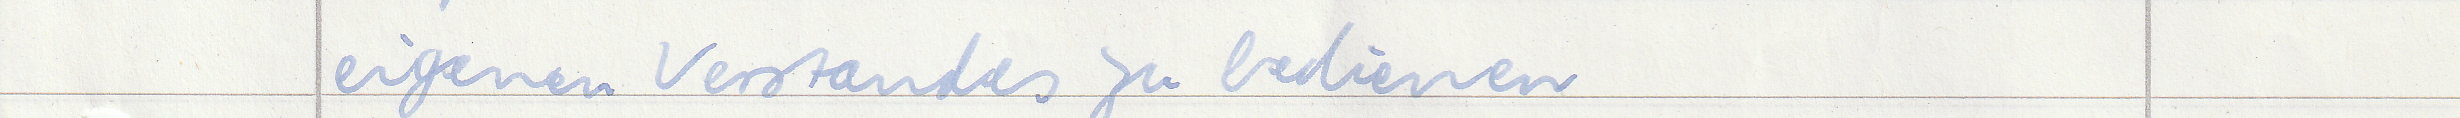
eigenen Verstandes zu bedienen